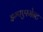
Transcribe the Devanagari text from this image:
इम्पएरमेन्ट